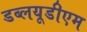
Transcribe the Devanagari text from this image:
डब्लयूडीएम